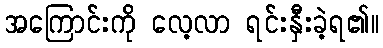
အကြောင်းကို လေ့လာ ရင်းနှီးခဲ့ရ၏။